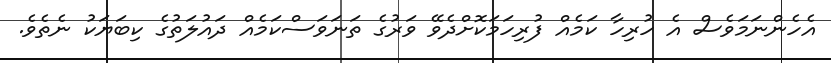
އެހެންނަމަވެސް އެ ހުރިހާ ކަމެއް ފުރިހަމަކޮށްދެވޭ ވަރުގެ ތަނަވަސްކަމެއް ދައުލަތުގެ ކިބަޔަކު ނެތެވެ.